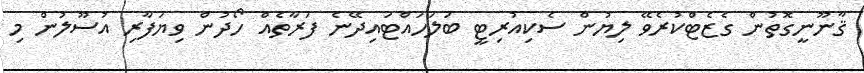
ޤާނޫނީގޮތުން ގެޒެޓްކުރެވޭ ލިޔުން ސެކިއުރިޓީ ބަލަހައްޓައިދޭނެ ފަރާތެއް ހޯދުން ވިޔަފާރި އުސޫލުން މި